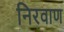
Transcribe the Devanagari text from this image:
निरवाण